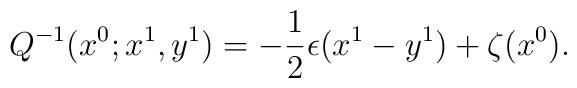
Q^{-1}(x^{0};x^{1},y^{1}) = -\frac{1}{2} \epsilon (x^{1} - y^{1}) +\zeta (x^{0}).